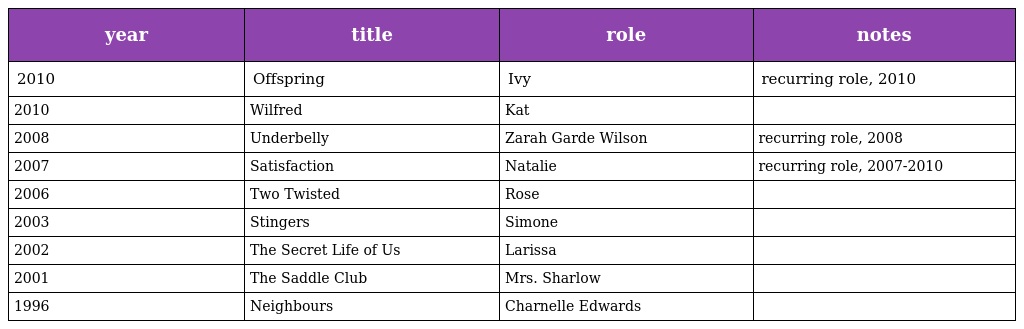
| year | title | role | notes |
 | --- | --- | --- | --- |
 | 2010 | Offspring | Ivy | recurring role, 2010 |
 | 2010 | Wilfred | Kat |  |
 | 2008 | Underbelly | Zarah Garde Wilson | recurring role, 2008 |
 | 2007 | Satisfaction | Natalie | recurring role, 2007-2010 |
 | 2006 | Two Twisted | Rose |  |
 | 2003 | Stingers | Simone |  |
 | 2002 | The Secret Life of Us | Larissa |  |
 | 2001 | The Saddle Club | Mrs. Sharlow |  |
 | 1996 | Neighbours | Charnelle Edwards |  |